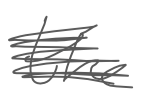
Text: the
Cross-out: scratch
Writing tool: digital_gray